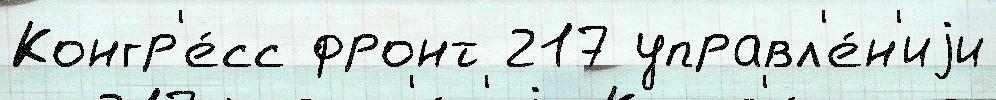
Конгр'е́сс фронт 217 управл'е́н'иjи